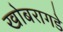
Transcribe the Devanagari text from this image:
खोबरागडे